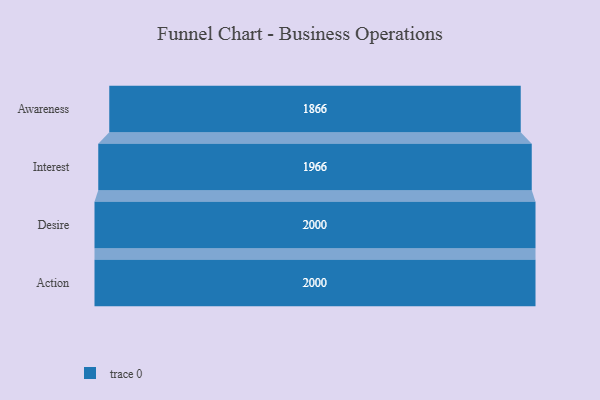
{"axis": {"x": "Stage", "y": "Value"}, "legend": [""], "data": [{"x": "Awareness", "y": 1866.0, "type": ""}, {"x": "Interest", "y": 1966.0, "type": ""}, {"x": "Desire", "y": 2000, "type": ""}, {"x": "Action", "y": 2000, "type": ""}]}